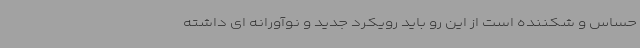
حساس و شکننده است از این رو باید رویکرد جدید و نوآورانه ای داشته